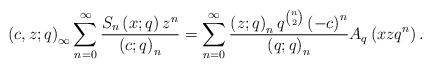
LaTeX: \begin{align*}\left(c,z;q\right)_{\infty}\sum_{n=0}^{\infty}\frac{S_{n}\left(x;q\right)z^{n}}{\left(c;q\right)_{n}}=\sum_{n=0}^{\infty}\frac{\left(z;q\right)_{n}q^{\binom{n}{2}}\left(-c\right)^{n}}{\left(q;q\right)_{n}}A_{q}\left(xzq^{n}\right).\end{align*}